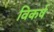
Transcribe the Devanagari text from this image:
विकर्ष